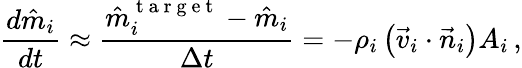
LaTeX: \frac{d\hat{m}_{i}}{dt}\approx\frac{\hat{m}_{i}^{\mathrm{~t~a~r~g~e~t~}}-\hat{m}_{i}}{\Delta t}=-\rho_{i}\left(\vec{v}_{i}\cdot\vec{n}_{i}\right)A_{i}\, ,